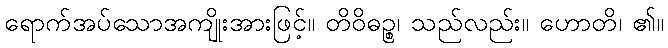
ရောက်အပ်သောအကျိုးအားဖြင့်။ တိဝိဓဉ္စ၊ သည်လည်း။ ဟောတိ၊ ၏။